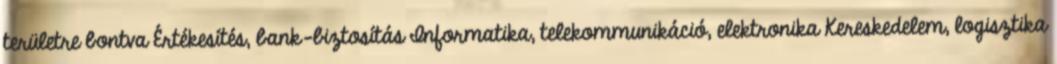
területre bontva Értékesítés, bank-biztosítás Informatika, telekommunikáció, elektronika Kereskedelem, logisztika